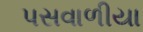
પસવાળીયા